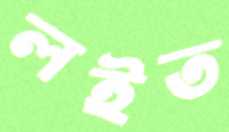
লইত